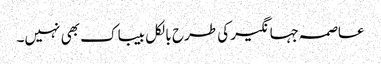
عاصمہ جہانگیر کی طرح بالکل بیباک بھی نہیں۔